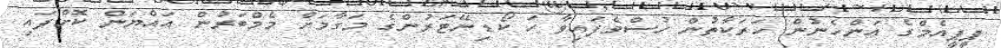
ޕީޕީއެމްގެ އަންހެނުން ހަރަކާތުން ހުސްވެފައިވާ ހަ ކޯޑިނޭޓަރުންގެ މަގާމަށް މެމްބަރުން އައްޔަން ކޮށްފައި